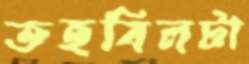
তহবিলটা